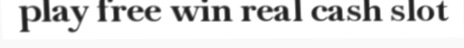
play free win real cash slot